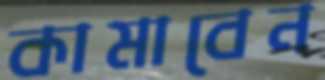
কামাবেন